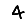
Digit: 4